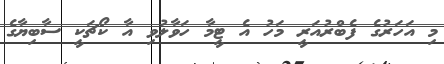
މި އަހަރުގެ ފެބްރުއަރީ މަހު އެ ޓީމާ ހަވާލުވި އާ ކޯޗަކީ ސާބިޔާގެ